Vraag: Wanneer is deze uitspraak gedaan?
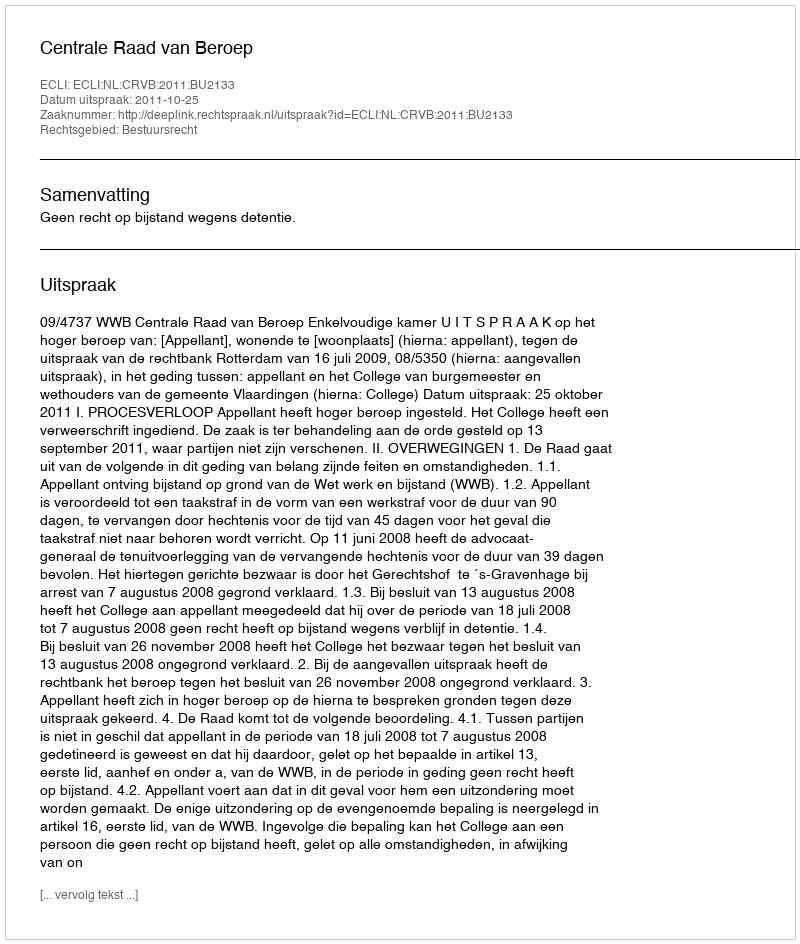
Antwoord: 2011-10-25